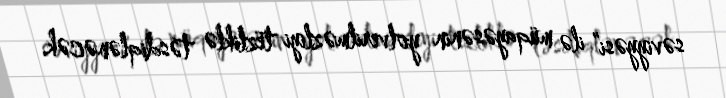
səviyyəsi” ilə müqayəsənin yolverilməzliyi tezliklə təsdiqlənəcək.